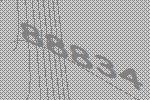
88834